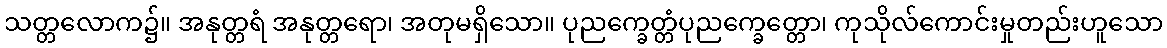
သတ္တလောက၌။ အနုတ္တရံ အနုတ္တရော၊ အတုမရှိသော။ ပုညက္ခေတ္တံပုညက္ခေတ္တော၊ ကုသိုလ်ကောင်းမှုတည်းဟူသော